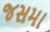
જસમા